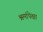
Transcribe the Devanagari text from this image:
श्रमांपेक्षा